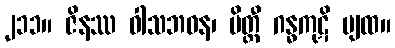
၂၁၁။ ဇိနဿ ဝါသဘဝန၊ မိတ္ထီ ဂန္ဓကုဋိ ပျထ။